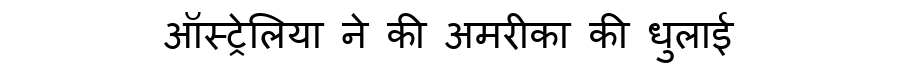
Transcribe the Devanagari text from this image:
ऑस्ट्रेलिया ने की अमरीका की धुलाई